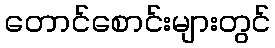
တောင်စောင်းများတွင်